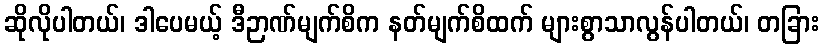
ဆိုလိုပါတယ်၊ ဒါပေမယ့် ဒီဉာဏ်မျက်စိက နတ်မျက်စိထက် များစွာသာလွန်ပါတယ်၊ တခြား